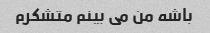
باشه من می بینم متشکرم